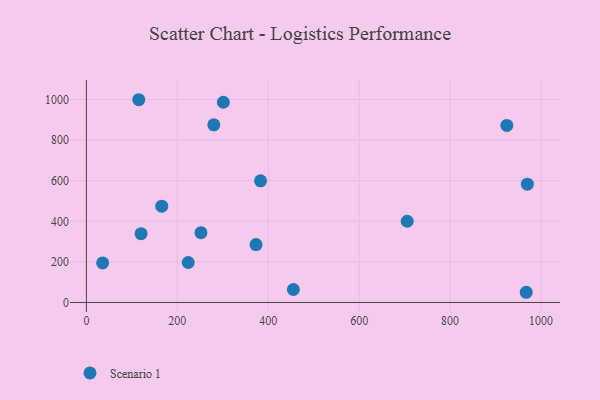
{"axis": {"x": "Investment", "y": "Profit"}, "legend": ["Scenario 1"], "data": [{"x": "280.3", "y": 875.2, "type": "Scenario 1"}, {"x": "301.3", "y": 986.7, "type": "Scenario 1"}, {"x": "224.0", "y": 197.1, "type": "Scenario 1"}, {"x": "924.9", "y": 872.4, "type": "Scenario 1"}, {"x": "252.0", "y": 343.8, "type": "Scenario 1"}, {"x": "35.7", "y": 194.8, "type": "Scenario 1"}, {"x": "383.1", "y": 599.3, "type": "Scenario 1"}, {"x": "705.7", "y": 400.4, "type": "Scenario 1"}, {"x": "455.3", "y": 63.9, "type": "Scenario 1"}, {"x": "165.8", "y": 474.8, "type": "Scenario 1"}, {"x": "970.1", "y": 583.1, "type": "Scenario 1"}, {"x": "373.2", "y": 285.4, "type": "Scenario 1"}, {"x": "967.6", "y": 50.3, "type": "Scenario 1"}, {"x": "120.3", "y": 338.9, "type": "Scenario 1"}, {"x": "115.2", "y": 999.1, "type": "Scenario 1"}]}